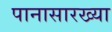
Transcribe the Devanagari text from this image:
पानासारख्या